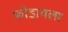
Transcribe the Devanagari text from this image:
फोडायला